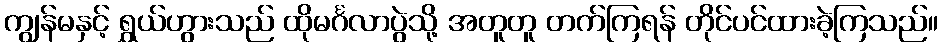
ကျွန်မနှင့် ရွှယ်ဟွားသည် ထိုမင်္ဂလာပွဲသို့ အတူတူ တက်ကြရန် တိုင်ပင်ထားခဲ့ကြသည်။